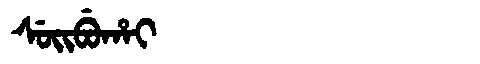
Manchu: ᠰᡠᡳᠪᡠᡥᠠᡳ
Romanization: SUIBUHAI